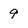
Character: 9